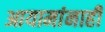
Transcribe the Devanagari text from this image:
आयामांनाही